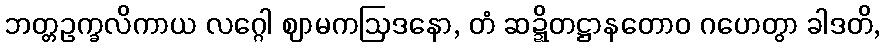
ဘတ္တဥက္ခလိကာယ လဂ္ဂေါ ဈာမကဩဒနော, တံ ဆဍ္ဍိတဋ္ဌာနတောဝ ဂဟေတွာ ခါဒတိ,